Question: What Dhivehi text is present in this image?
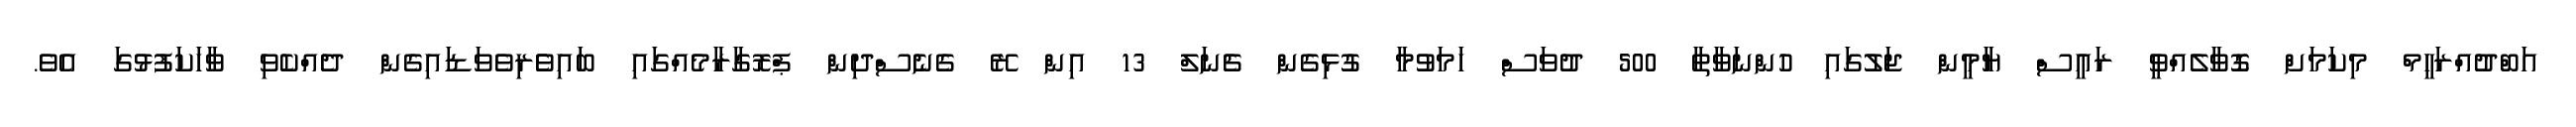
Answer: އަބްދުއްރަހީމް މިކަމަށް ގޮވާލެއްވީ ރައީސް ޔާމީން ޖަލުގައި ހުންނަވާތާ 500 ދުވަސް ހަމަވުމާ ގުޅިގެން ޗެނަލް 13 އިން ރޭ ގެނެސްދިން ޕްރޮގާރާމެއްގައި ބައިވެެރިވެވަޑައިގެން ދެއްކެވި ވާހަކަފުޅުގަ އެވެ.